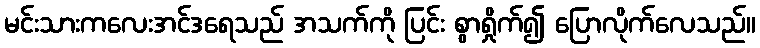
မင်းသားကလေးအင်ဒရေသည် အသက်ကို ပြင်း စွာရှိုက်၍ ပြောလိုက်လေသည်။